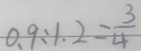
0 . 9 : 1 . 2 = \frac { 3 } { 4 }